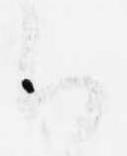
候